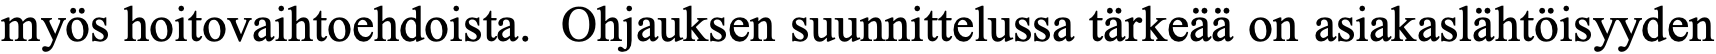
myös hoitovaihtoehdoista. Ohjauksen suunnittelussa tärkeää on asiakaslähtöisyyden